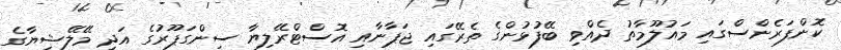
ކޮންފަރެންސްގައި މައުލޫމާތު ދެއްވި ބޭފުޅުންގެ ތެރޭގައި ޖަޕާނާއި އޮސްޓްރޭލިޔާ ސިންގަޕޫރުގެ އަދި މޭލޭޝިޔާގެ